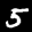
Digit: 5